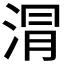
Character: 𣶀